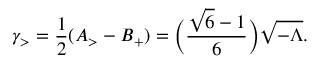
\gamma _ { > } = \frac { 1 } { 2 } ( A _ { > } - B _ { + } ) = \biggl ( \frac { \sqrt { 6 } - 1 } { 6 } \biggr ) \sqrt { - \Lambda } .